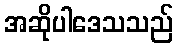
အဆိုပါဒေသသည်